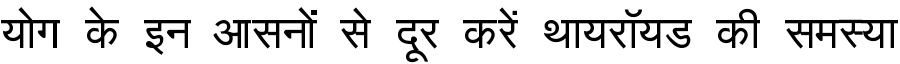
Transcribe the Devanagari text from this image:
योग के इन आसनों से दूर करें थायरॉयड की समस्या